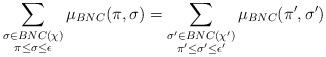
LaTeX: \begin{align*}\sum_{\substack{\sigma \in BNC(\chi) \\ \pi \leq \sigma \leq \epsilon }} \mu_{BNC}(\pi, \sigma) = \sum_{\substack{\sigma' \in BNC(\chi') \\ \pi' \leq \sigma' \leq \epsilon' }} \mu_{BNC}(\pi', \sigma')\end{align*}